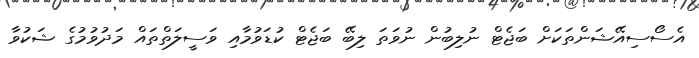
އެސޯސިއޭޝަންތަކަށް ބަޖެޓް ނުލިބުން ނުވަތަ ލިބޭ ބަޖެޓް ކުޑަވުމާއި ވަސީލަތްތައް މަދުވުމުގެ ޝަކުވާ